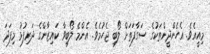
މިއީއެވެ. އެހެންދީންތަކުގެ ސަގާފަތަށް ލޯބި ޖެހުމެވެ. އެންމެ ލޯބިވާ ކައިޒާންގެ ދަރިފުޅު މިފަދަ